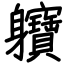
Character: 軉